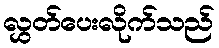
လွှတ်ပေးလိုက်သည်